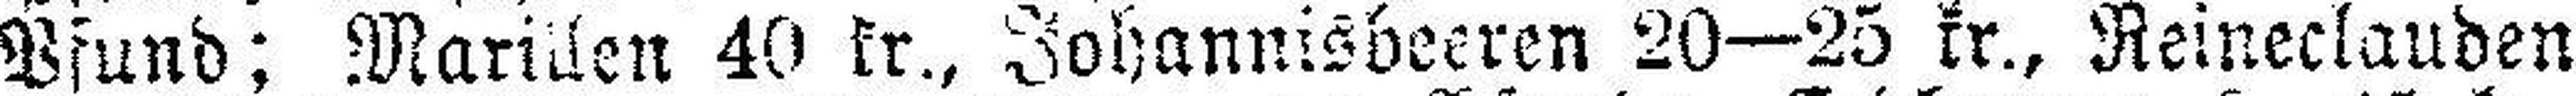
Pfund; Marillen 40 kr., Johannisbeeren 20—25 kr., Reineclauden